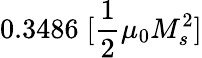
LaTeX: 0.3486\; [\frac{1}{2}\mu_{0}M_{s}^{2}]